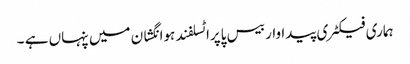
ہماری فیکٹری پیداوار بیس پاپراٹسلفند ہوانگشان میں پنہاں ہے ۔